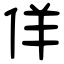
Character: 佯